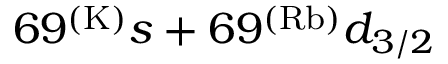
6 9 ^ { ( \mathrm { K ) } } s + 6 9 ^ { ( \mathrm { R b ) } } d _ { 3 / 2 }